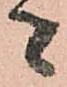
者